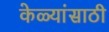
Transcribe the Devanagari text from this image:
केळ्यांसाठी